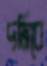
দমিবে